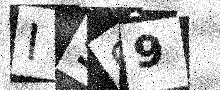
Text: I999